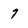
Character: 7